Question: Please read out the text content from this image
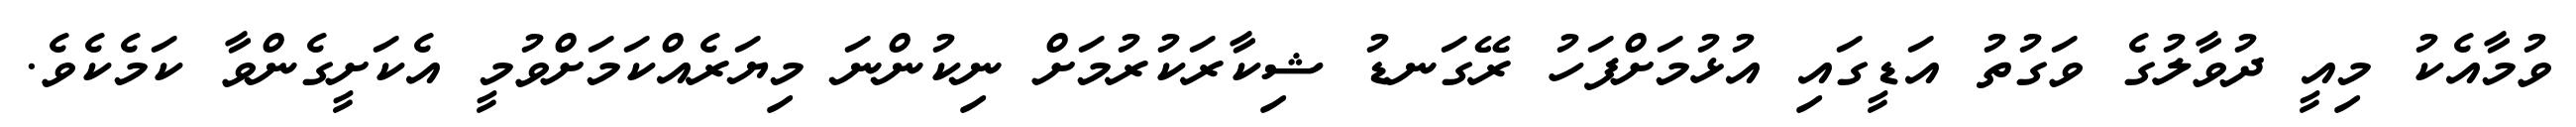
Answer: ވުމާއެކު މިއީ ދުވާލުގެ ވަގުތު އަޑީގައި އުޅުމަށްފަހު ރޭގަނޑު ޝިކާރަކުރުމަށް ނިކުންނަ މިޔަރެއްކަމަށްވުމީ އެކަށީގެންވާ ކަމެކެވެ.